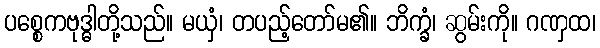
ပစ္စေကဗုဒ္ဓါတို့သည်။ မယှံ၊ တပည့်တော်မ၏။ ဘိက္ခံ၊ ဆွမ်းကို။ ဂဏှထ၊